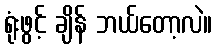
ရုံးဖွင့် ချိန် ဘယ်တော့လဲ။